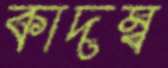
কাদম্ব